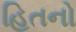
હિતનો